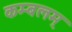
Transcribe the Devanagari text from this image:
कम्बलम्